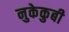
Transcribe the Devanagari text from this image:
नुकेकुबी